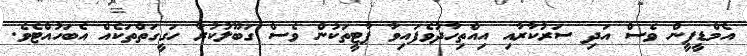
އެމްޑީޕީން ވެސް އަދި ސަރުކާރާއި އިއްތިހާދުވެފައިވާ ޕާޓީތަކުން ވެސް ގަބޫލުކުރާ ހަގީގަތްތަކެއް އެބަހުއްޓެވެ.